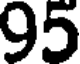
95